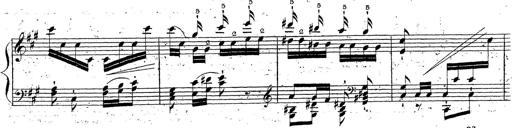
Title: Grande fantaisie sur la tyrolienne de l'opÃ©ra
Composer: Franz Liszt
Key: A major